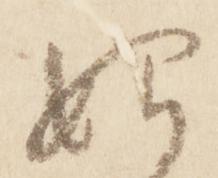
始